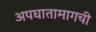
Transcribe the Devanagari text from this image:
अपघातामागची